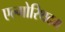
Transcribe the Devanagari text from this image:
एल्गोरिथदम